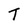
Character: T